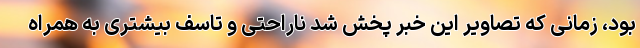
بود، زمانی که تصاویر این خبر پخش شد ناراحتی و تاسف بیشتری به همراه